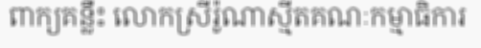
ពាក្យគន្លឹះ លោកស្រីរ៉ូណាស្មីតគណៈកម្មាធិការ